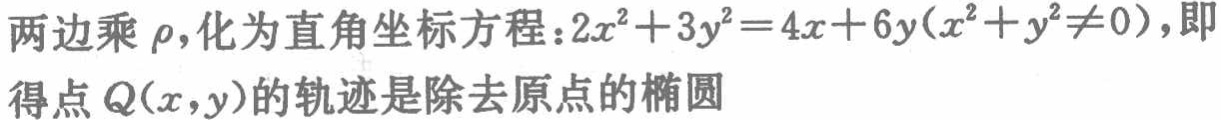
两边乘$\rho$,化为直角坐标方程：$2x^{2}+3y^{2}=4x + 6y(x^{2}+y^{2}\neq0)$，即得点$Q(x,y)$的轨迹是除去原点的椭圆